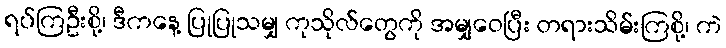
ရပ်ကြဦးစို့၊ ဒီကနေ့ ပြုပြုသမျှ ကုသိုလ်တွေကို အမျှဝေပြီး တရားသိမ်းကြစို့၊ ကဲ